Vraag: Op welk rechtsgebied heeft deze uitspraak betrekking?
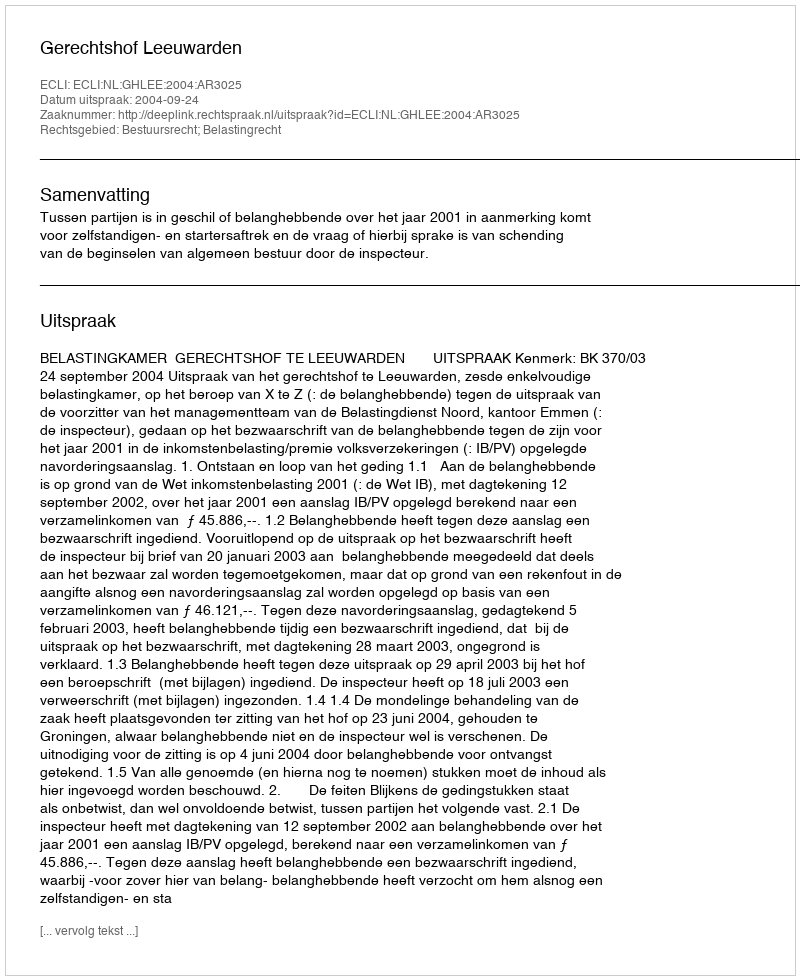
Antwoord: Bestuursrecht; Belastingrecht